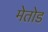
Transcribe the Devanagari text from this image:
मेतोड